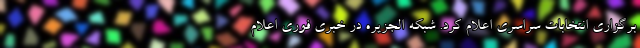
برگزاری انتخابات سراسری اعلام کرد. شبکه الجزیره در خبری فوری اعلام